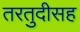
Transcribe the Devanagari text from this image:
तरतुदीसह